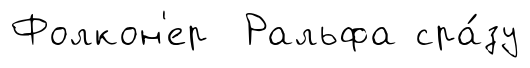
Фолкон'ер Ральфа сра́зу